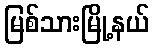
မြစ်သားမြို့နယ်